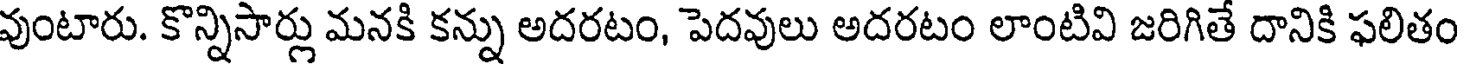
వుంటారు. కొన్నిసార్లు మనకి కన్ను అదరటం, పెదవులు అదరటం లాంటివి జరిగితే దానికి ఫలితం